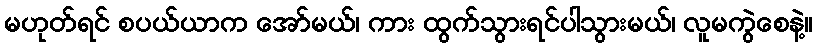
မဟုတ်ရင် စပယ်ယာက အော်မယ်၊ ကား ထွက်သွားရင်ပါသွားမယ်၊ လူမကွဲစေနဲ့။